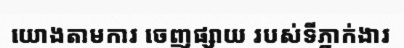
យោងតាមការ ចេញផ្សាយ របស់ទីភ្នាក់ងារ